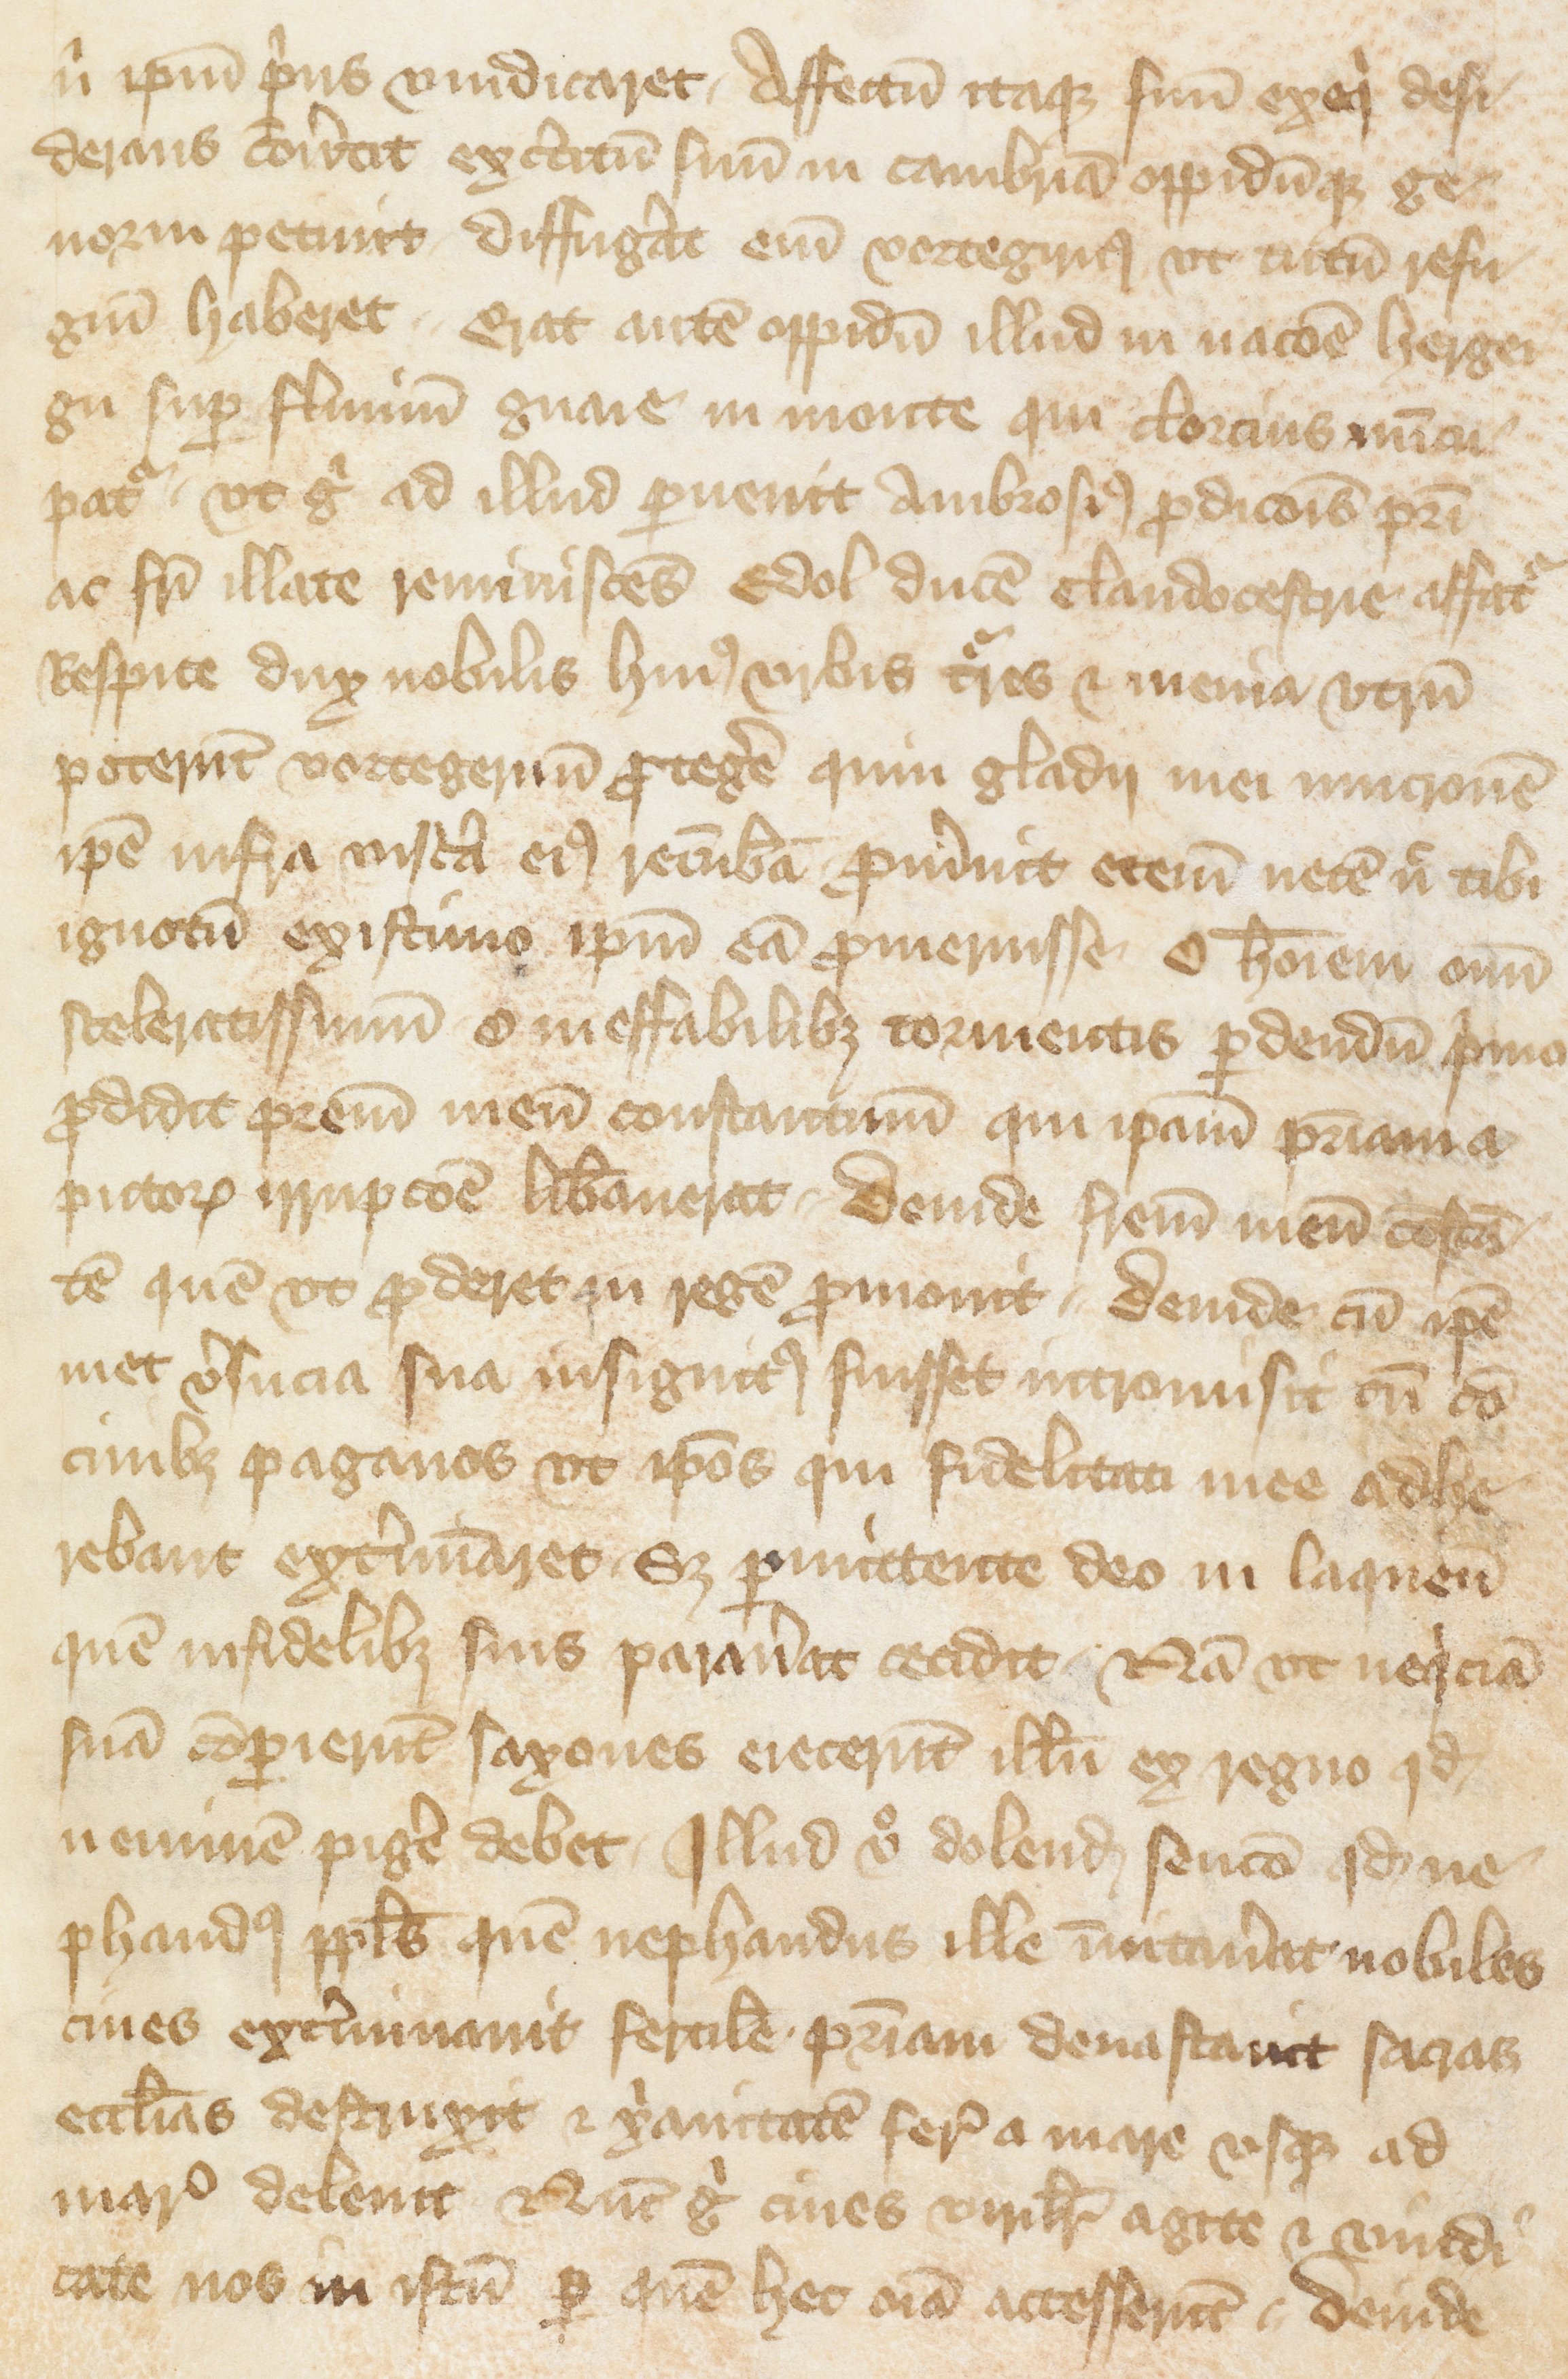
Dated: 1400–1499